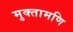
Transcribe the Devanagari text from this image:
मुक्तामणि